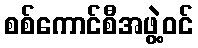
စစ်ကောင်စီအဖွဲ့ဝင်